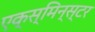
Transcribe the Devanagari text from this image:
एक्स्मिन्स्टर